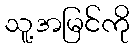
သူ့အမြင်ကို